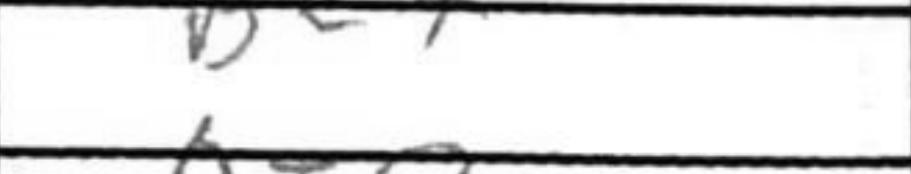
Transcription: Be7